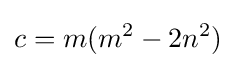
c=m(m^{2}-2n^{2})